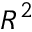
R ^ { 2 }